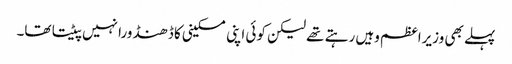
پہلے بھی وزیراعظم وہیں رہتے تھے لیکن کوئی اپنی مسکینی کا ڈھنڈورا نہیں پیٹتا تھا۔